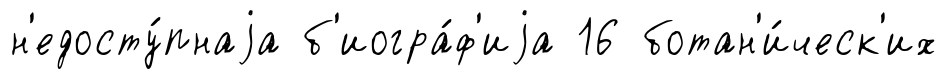
н'едосту́пнаjа б'иогра́ф'иjа 16 ботан'и́ческ'их